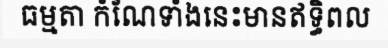
ធម្មតា កំណែទាំងនេះមានឥទ្ធិពល